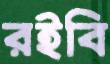
রইবি